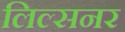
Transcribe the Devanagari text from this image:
लिल्सनर